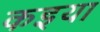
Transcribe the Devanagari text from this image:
कइया